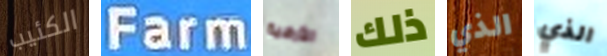
الكئيب Farm الأرضية ذلك الذي الذي